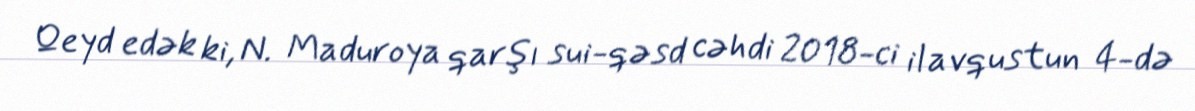
Qeyd edək ki, N. Maduroya qarşı sui-qəsd cəhdi 2018-ci il avqustun 4-də